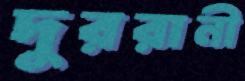
দুররানী